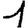
Digit: 1